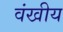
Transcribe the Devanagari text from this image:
वंखीय